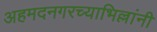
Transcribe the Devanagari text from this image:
अहमदनगरच्याभिल्लांनी